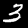
Digit: 3